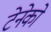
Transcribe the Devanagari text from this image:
टेनेको